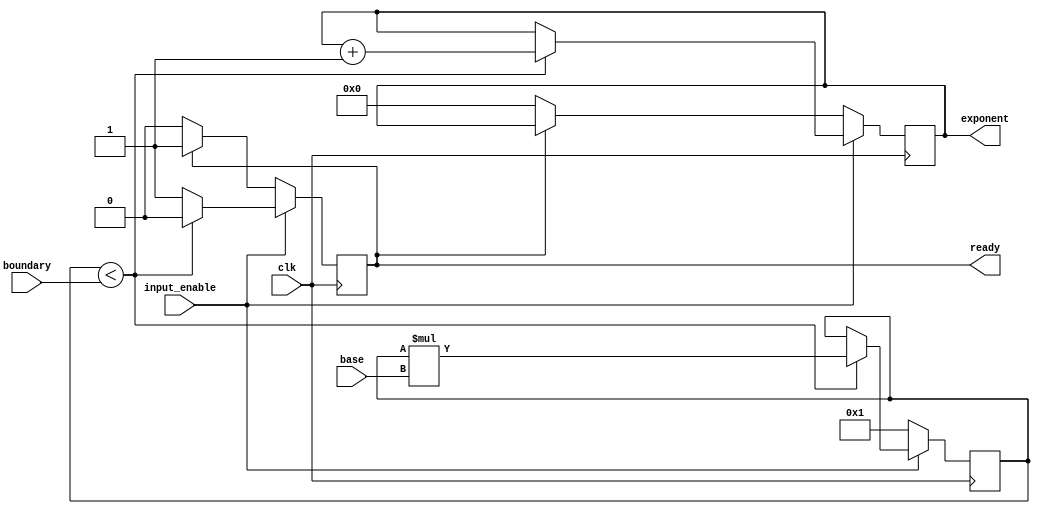
`timescale 1ns / 1ps
//////////////////////////////////////////////////////////////////////////////////
// Company: 
// Engineer: 
// 
// Design Name: 
// Module Name:    exponent_finder 
// Project Name: 
// Target Devices: 
// Tool versions: 
// Description: 
//
// Dependencies: 
//
// Revision: 
// Revision 0.01 - File Created
// Additional Comments: 
//
//////////////////////////////////////////////////////////////////////////////////
module exponent_finder(
	 input clk,
    input [63:0] boundary,
    input input_enable,
    input [8:0] base,
    output reg [7:0] exponent,
	 output reg ready
    );
	 
	 reg [7:0] next_exponent;
	 reg next_ready;
	 reg [10:0] temp_product;
	 reg [10:0] next_temp_product;
	 
	 
	 initial begin
		next_ready = 0;
		next_exponent = 0;
		next_temp_product = 1;
	 end
	 
	 always @(posedge clk) begin
		ready <= next_ready;
		exponent <= next_exponent;
		temp_product <= next_temp_product;
	 end
	 
	 always @(*) begin

			if (input_enable) begin
				if (temp_product < boundary) begin
					next_temp_product = temp_product * base;
					next_ready = 0;
					next_exponent = exponent + 1;
				end else begin
					next_temp_product = temp_product;
					next_ready = 1;
					next_exponent = exponent;
				end
			end else begin
				if (ready) begin
					next_ready = 1;
					next_exponent = exponent;
					next_temp_product = 1;
				end else begin
					next_temp_product = 1;
					next_ready = 0;
					next_exponent = 0;
				end

			end
	 end


endmodule